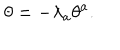
\theta = - \lambda _ { a } \theta ^ { a } .